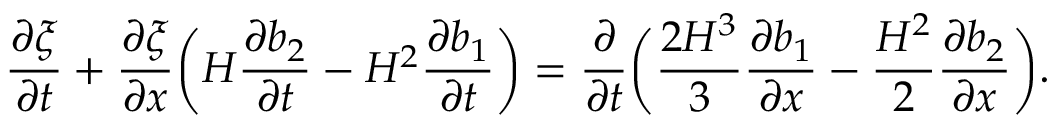
\frac { \partial \xi } { \partial t } + \frac { \partial \xi } { \partial x } \bigg ( H \frac { \partial b _ { 2 } } { \partial t } - H ^ { 2 } \frac { \partial b _ { 1 } } { \partial t } \bigg ) = \frac { \partial } { \partial t } \bigg ( \frac { 2 H ^ { 3 } } { 3 } \frac { \partial b _ { 1 } } { \partial x } - \frac { H ^ { 2 } } { 2 } \frac { \partial b _ { 2 } } { \partial x } \bigg ) .